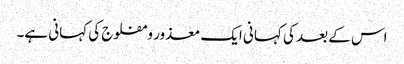
اس کے بعد کی کہانی ایک معذور و مفلوج کی کہانی ہے۔